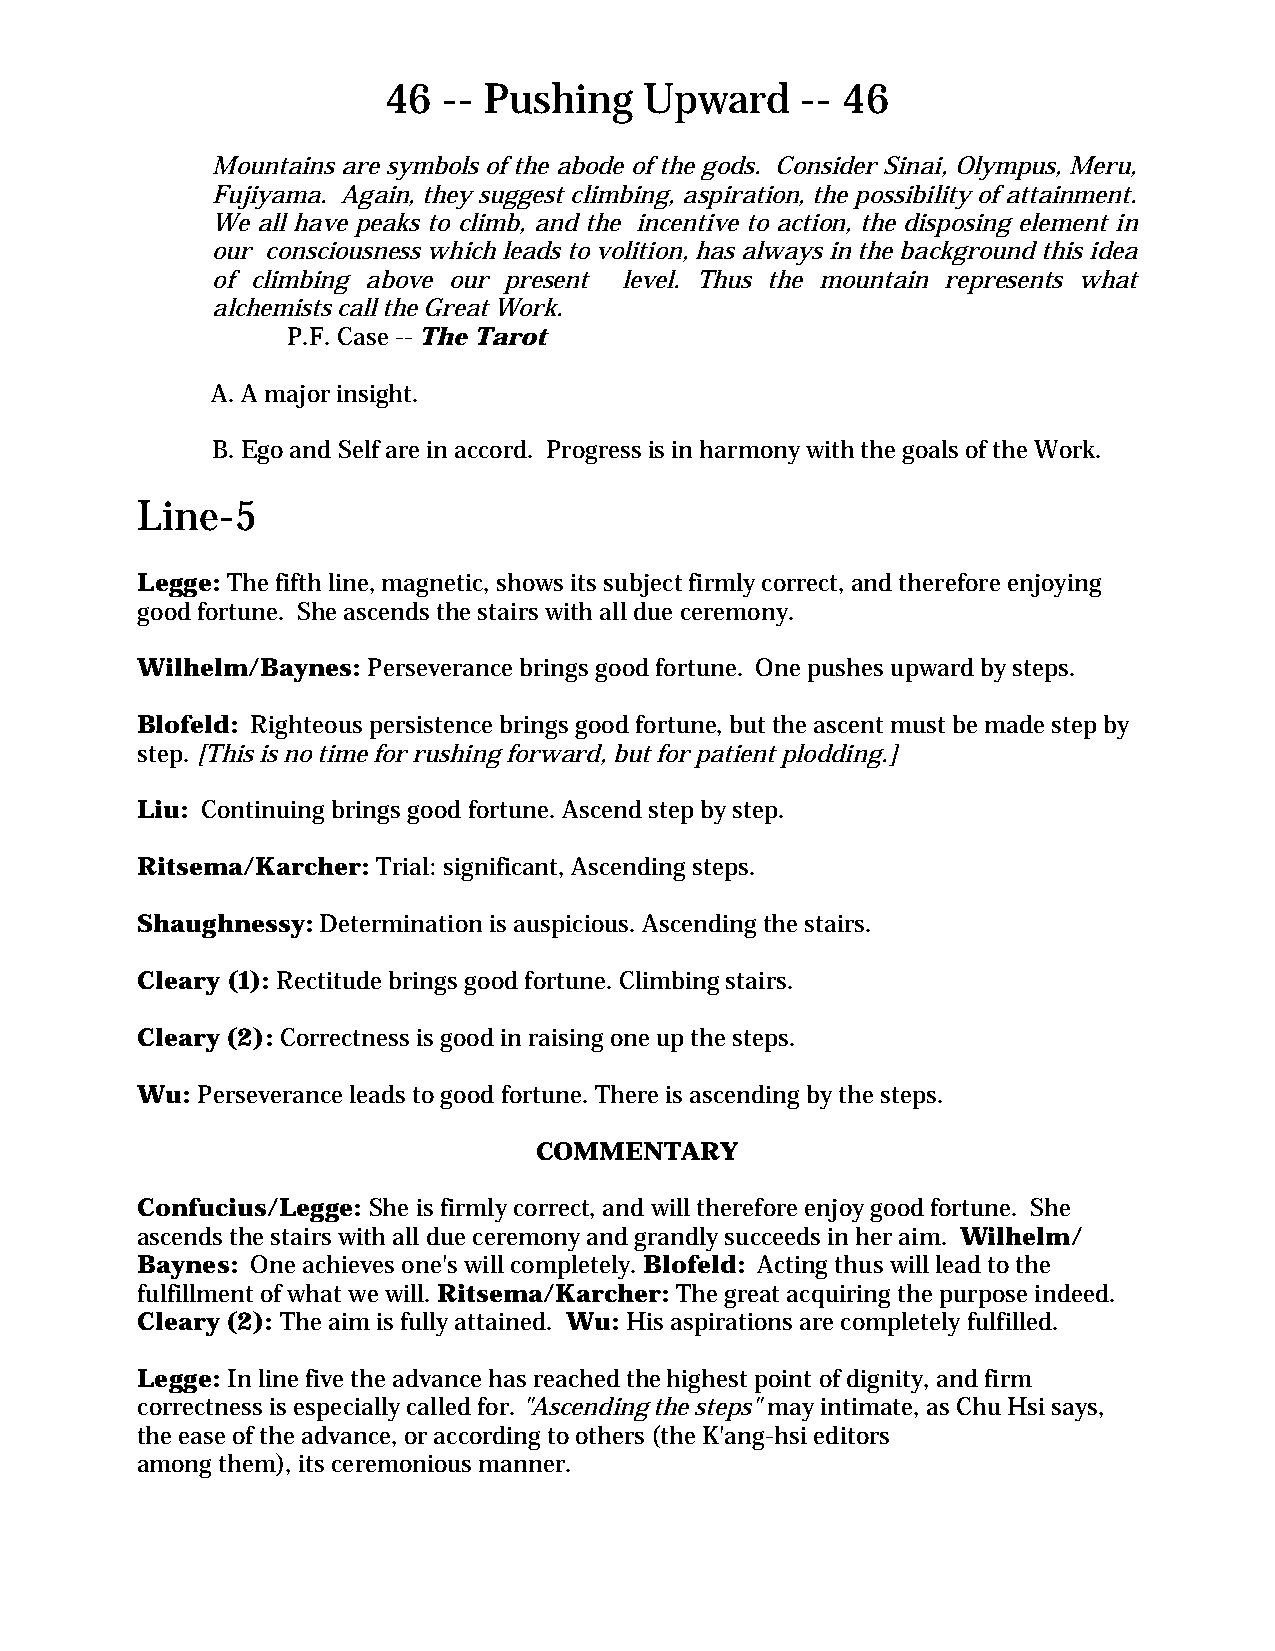
46 -- Pushing    Upward    -- 46
 Mountains are symbols of the abode of the gods. Consider Sinai, Olympus, Meru,
 Fujiyama. Again, they suggest climbing, aspiration, the possibility of attainment.
 We all have peaks to climb, and the incentive to action, the disposing element in
 our consciousness which leads to volition, has always in the background this idea
 of climbing above our present level. Thus the mountain represents what
 alchemists call the Great Work.
 P.F. Case -- The Tarot
 A. A major insight.
 B. Ego and Self are in accord. Progress is in harmony with the goals of the Work.
 Line-5
 Legge: The fifth line, magnetic, shows its subject firmly correct, and therefore enjoying
 good fortune. She ascends the stairs with all due ceremony.
 Wilhelm/Baynes: Perseverance brings good fortune. One pushes upward by steps.
 Blofeld: Righteous persistence brings good fortune, but the ascent must be made step by
 step. [This is no time for rushing forward, but for patient plodding.]
 Liu: Continuing brings good fortune. Ascend step by step.
 Ritsema/Karcher: Trial: significant, Ascending steps.
 Shaughnessy: Determination is auspicious. Ascending the stairs.
 Cleary (1): Rectitude brings good fortune. Climbing stairs.
 Cleary (2): Correctness is good in raising one up the steps.
 Wu: Perseverance leads to good fortune. There is ascending by the steps.
 COMMENTARY
 Confucius/Legge: She is firmly correct, and will therefore enjoy good fortune. She
 ascends the stairs with all due ceremony and grandly succeeds in her aim. Wilhelm/
 Baynes: One achieves one's will completely. Blofeld: Acting thus will lead to the
 fulfillment of what we will. Ritsema/Karcher: The great acquiring the purpose indeed.
 Cleary (2): The aim is fully attained. Wu: His aspirations are completely fulfilled.
 Legge: In line five the advance has reached the highest point of dignity, and firm
 correctness is especially called for. "Ascending the steps" may intimate, as Chu Hsi says,
 the ease of the advance, or according to others (the K'ang-hsi editors
 among them), its ceremonious manner.